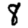
Digit: 8